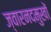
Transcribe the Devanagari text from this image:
ज्वारनदमुखों